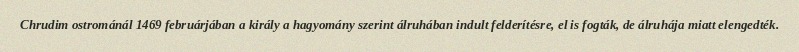
Chrudim ostrománál 1469 februárjában a király a hagyomány szerint álruhában indult felderítésre, el is fogták, de álruhája miatt elengedték.